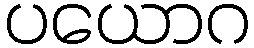
ပယောဂ